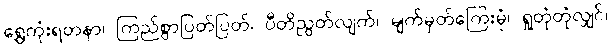
ရွှေကုံးရတနာ၊ ကြည်စွာပြတ်ပြတ်၊ ပီတိညွတ်လျက်၊ မျက်မှတ်ကြေးမုံ၊ ရှုတုံတုံလျှင်၊